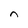
Character: n